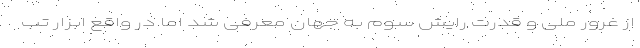
از غرور ملی و قدرت رایش سوم به جهان معرفی شد اما در واقع ابزار تب